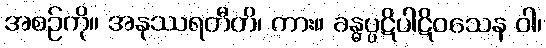
အစဉ်ကို။ အနုဿရတီတိ၊ ကား။ ခန္ဓပ္ပဋိပါဋိဝသေန ဝါ၊